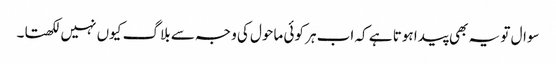
سوال تو یہ بھی پیدا ہوتا ہے کہ اب ہر کوئی ماحول کی وجہ سے بلاگ کیوں نہیں لکھتا۔